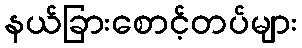
နယ်ခြားစောင့်တပ်များ